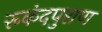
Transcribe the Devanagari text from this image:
रूकंदपुराण